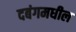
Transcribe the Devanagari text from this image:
दबंगमधील